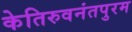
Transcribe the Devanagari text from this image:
केतिरुवनंतपुरम